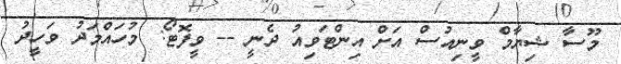
މޫސާ ޝިޔާމް ވީނިއުސް އަށް އިންޓަވިއު ދެނީ -- ވީފޮޓޯ: މުހައްމަދު ވަހީދު